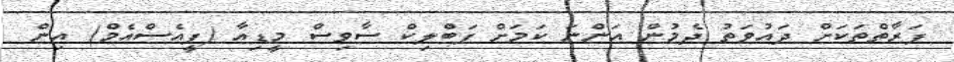
ފަރާތްތަކަށް ދައުވަތު ދެމުން އަންނަ ކަމަށް ޕަބްލިކް ސާވިސް މީޑިއާ (ޕީއެސްއެމް) އިން